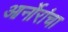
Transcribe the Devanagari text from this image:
आर्नोरांचा